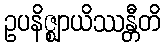
ဥပနိဇ္ဈာယိဿန္တီတိ